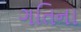
ગતિના